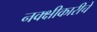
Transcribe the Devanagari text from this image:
नक्क्षीकारीचे